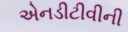
એનડીટીવીની